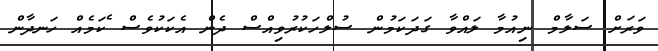
ވަރަށް ސަލާމް ނިއުމާ ލައްވާ ގަދަކަމުން ސުލްހަކުރުވިއްސް ދެން އެކަކުވެސް ެކަމެއް ހަނދާން